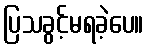
ပြသခွင့်မရခဲ့ပေ။